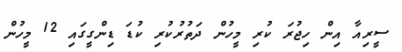
ސީރިއާ އިން ހިޖުރަ ކުރި މީހުން ދަތުރުކުރި ކުޑަ ޑިންގީގައި 12 މީހުން